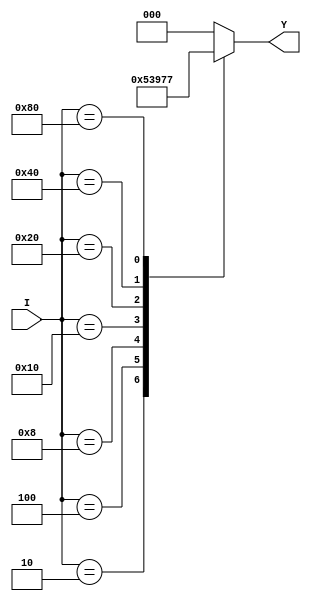
module octal_to_binary_encoder (
    input wire [7:0] I,   // 8-bit octal input
    output reg [2:0] Y    // 3-bit binary output
);

    always @(*) begin
        case (I)
            8'b00000001: Y = 3'b000; // I0
            8'b00000010: Y = 3'b001; // I1
            8'b00000100: Y = 3'b010; // I2
            8'b00001000: Y = 3'b011; // I3
            8'b00010000: Y = 3'b100; // I4
            8'b00100000: Y = 3'b101; // I5
            8'b01000000: Y = 3'b110; // I6
            8'b10000000: Y = 3'b111; // I7
            default:      Y = 3'b000; // No active input case
        endcase
    end

endmodule